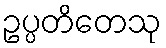
ဥပ္ပတိတေသု